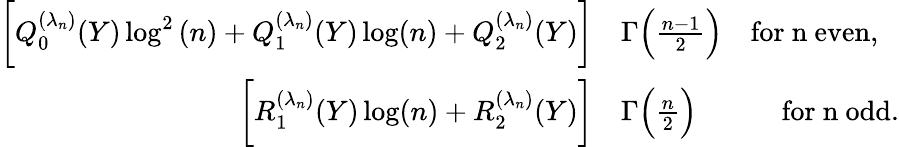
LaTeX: \begin{array}{rl}{\bigg[Q_{0}^{(\lambda_{n})}(Y)\log^{2}{(n)}+Q_{1}^{(\lambda_{n})}(Y)\log(n)+Q_{2}^{(\lambda_{n})}(Y)\bigg]}&{\Gamma\Big(\frac{n-1}{2}\Big)\quad\mathrm{for~n~even,}}\\ {\bigg[R_{1}^{(\lambda_{n})}(Y)\log(n)+R_{2}^{(\lambda_{n})}(Y)\bigg]}&{\Gamma\Big(\frac{n}{2}\Big)\quad\qquad\mathrm{for~n~odd.}}\end{array}